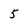
Character: 5